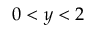
0 < y < 2